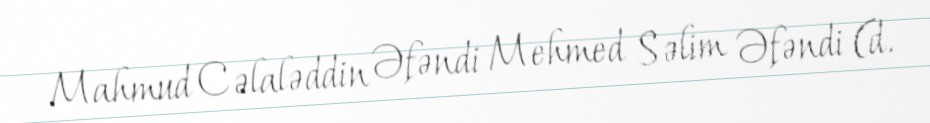
Mahmud Cəlaləddin Əfəndi Mehmed Səlim Əfəndi (d.